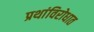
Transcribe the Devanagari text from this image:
प्रथांविरोधात